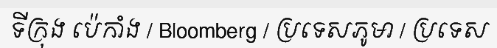
ទីក្រុង ប៉េកាំង / Bloomberg / ប្រទេសភូមា / ប្រទេស